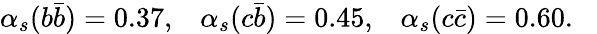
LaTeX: \alpha_{s}(b\bar{b})=0.37,\; \; \; \alpha_{s}(c\bar{b})=0.45,\; \; \; \alpha_{s}(c\bar{c})=0.60.\; \; \;